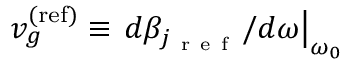
v _ { g } ^ { \mathrm { ( r e f ) } } \equiv \left. d \beta _ { j _ { \mathrm { ~ r ~ e ~ f ~ } } } / d \omega \right| _ { \omega _ { 0 } }